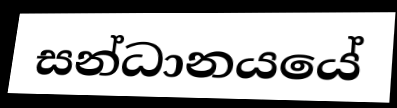
සන්ධානයයේ